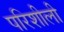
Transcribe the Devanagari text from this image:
परिशीली